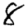
Digit: 8